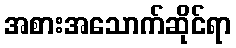
အစားအသောက်ဆိုင်ရာ